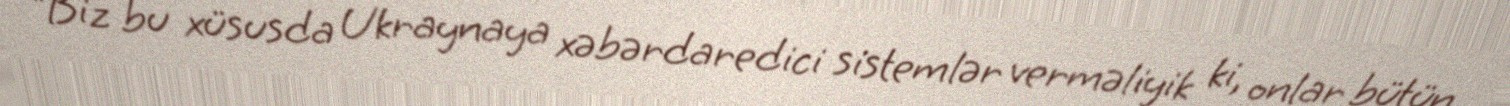
“Biz bu xüsusda Ukraynaya xəbərdaredici sistemlər verməliyik ki, onlar bütün